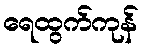
ရေထွက်ကုန်